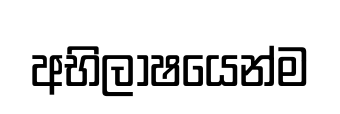
අභිලාෂයෙන්ම